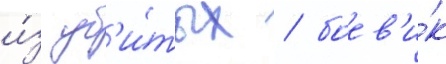
и́з уб'и́тых / боев'и́к